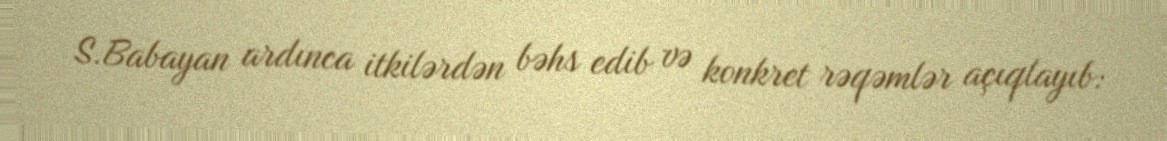
S.Babayan ardınca itkilərdən bəhs edib və konkret rəqəmlər açıqlayıb: